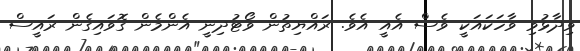
ވިދާޅުވި ވާހަކައަކީ ވެސް އެއީ އެވެ. ރައްޔިތުން ވޯޓުދިނީ އެންމެން ގޮވައިގެން ރައީސް